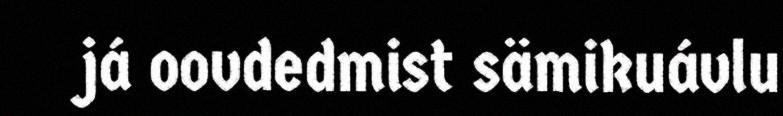
já oovdedmist sämikuávlu